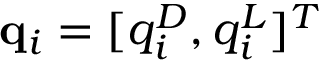
\mathbf { q } _ { i } = [ q _ { i } ^ { D } , q _ { i } ^ { L } ] ^ { T }